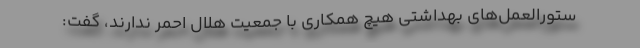
ستورالعمل‌های بهداشتی هیچ همکاری با جمعیت هلال احمر ندارند، گفت: